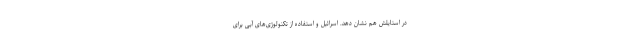
در استایلش هم نشان دهد. اسرائیل و استفاده از تکنولوژی‌های آبی برای